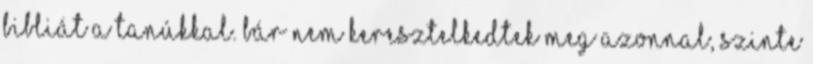
Bibliát a tanúkkal. Bár nem keresztelkedtek meg azonnal, szinte